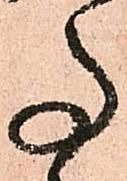
事